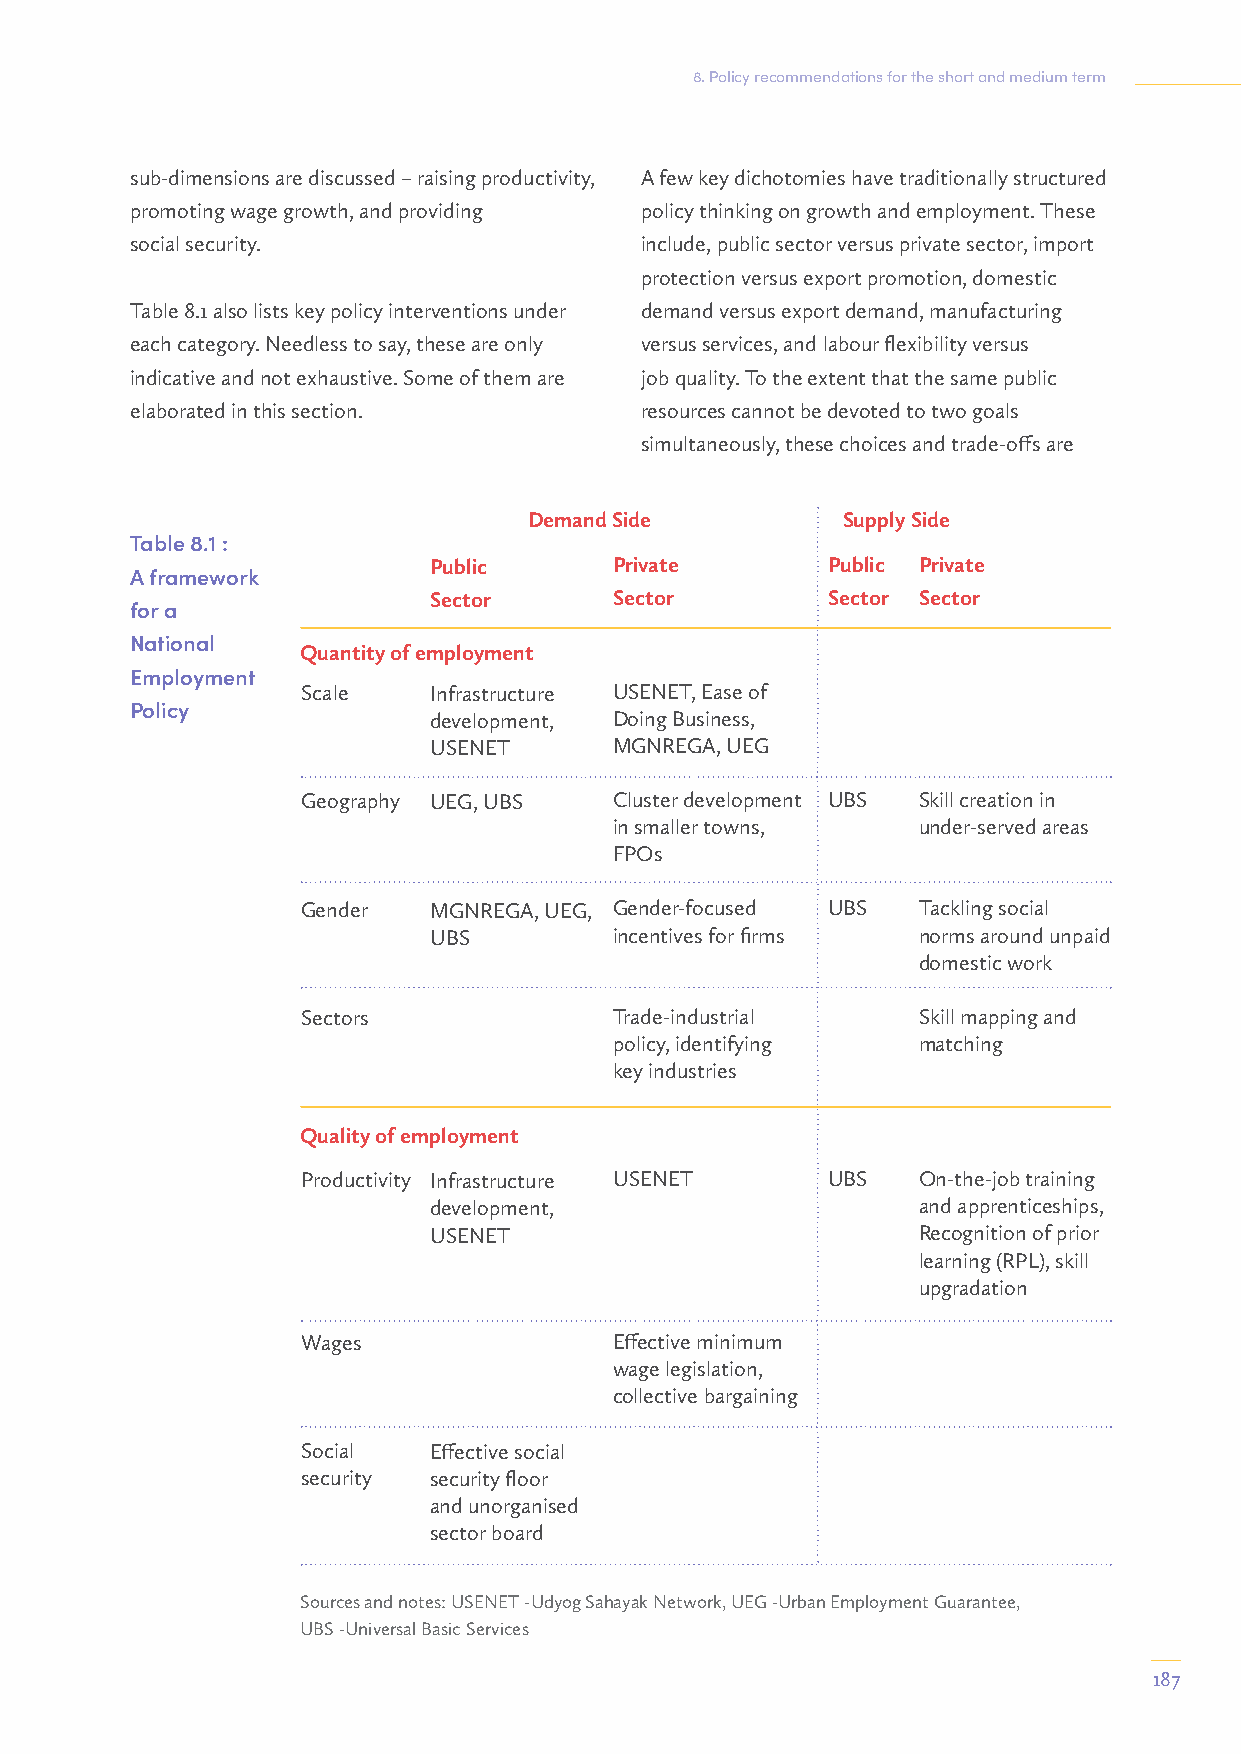
8. Policy recommendations for the short and medium term
 sub-dimensions are discussed – raising productivity, A few key dichotomies have traditionally structured
 promoting wage growth, and providing policy thinking on growth and employment. These
 social security.                 include, public sector versus private sector, import
 protection versus export promotion, domestic
 Table 8.1 also lists key policy interventions under demand versus export demand, manufacturing
 each category. Needless to say, these are only versus services, and labour flexibility versus
 indicative and not exhaustive. Some of them are job quality. To the extent that the same public
 elaborated in this section.      resources cannot be devoted to two goals
 simultaneously, these choices and trade-offs are
 Demand Side          Supply Side
 Table 8.1 :
 Public       Private       Public Private
 A framework
 Sector       Sector        Sector Sector
 for a
 National
 Quantity of employment
 Employment
 Scale   Infrastructure USENET, Ease of
 Policy
 development, Doing Business,
 USENET       MGNREGA, UEG
 Geography UEG, UBS   Cluster development UBS Skill creation in
 in smaller towns,   under-served areas
 FPOs
 Gender  MGNREGA, UEG, Gender-focused UBS Tackling social
 UBS          incentives for firms norms around unpaid
 domestic work
 Sectors              Trade-industrial    Skill mapping and
 policy, identifying matching
 key industries
 Quality of employment
 Productivity Infrastructure USENET UBS   On-the-job training
 development,                     and apprenticeships,
 USENET                           Recognition of prior
 learning (RPL), skill
 upgradation
 Wages                Effective minimum
 wage legislation,
 collective bargaining
 Social  Effective social
 security security floor
 and unorganised
 sector board
 Sources and notes: USENET -Udyog Sahayak Network, UEG -Urban Employment Guarantee,
 UBS -Universal Basic Services
 187